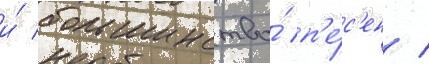
и́ большинство́ п'е́с'ен /